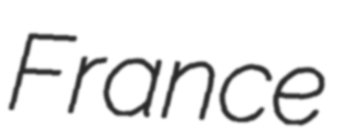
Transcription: France